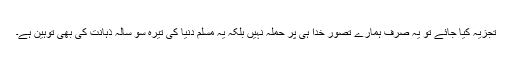
تجزیہ کیا جائے تو یہ صرف ہمارے تصور خدا ہی پر حملہ نہیں بلکہ یہ مسلم دنیا کی تیرہ سو سالہ ذہانت کی بھی توہین ہے۔